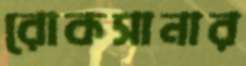
রোকসানার